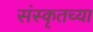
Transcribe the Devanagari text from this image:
संस्‍कृतच्या